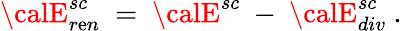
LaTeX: {\calE}_{r\mathrm{e}n}^{sc}\ =\ {\calE}^{sc}\ -\ {\calE}_{div}^{sc}\ .